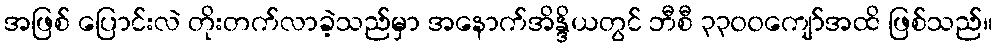
အဖြစ် ပြောင်းလဲ တိုးတက်လာခဲ့သည်မှာ အနောက်အိန္ဒိယတွင် ဘီစီ ၃၃၀၀ကျော်အထိ ဖြစ်သည်။